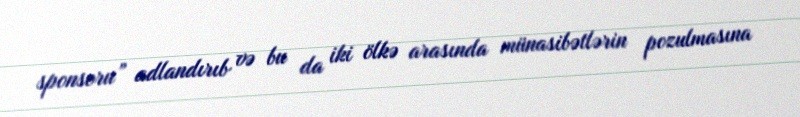
sponsoru” adlandırıb və bu da iki ölkə arasında münasibətlərin pozulmasına